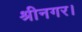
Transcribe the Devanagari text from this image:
श्रीनगर।